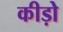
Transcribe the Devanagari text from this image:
कीड़ोे